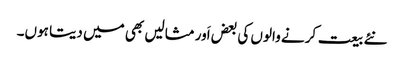
نئے بیعت کرنے والوں کی بعض اَور مثالیں بھی میں دیتا ہوں۔